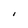
Character: I